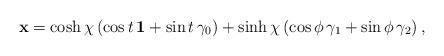
LaTeX: \begin{align*}{\bf x} = \cosh\chi \, (\cos t \, {\bf 1} + \sin t \, \gamma_0) + \sinh\chi \, (\cos\phi \, \gamma_1 + \sin\phi \, \gamma_2) \, ,\end{align*}